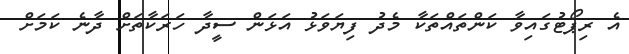
އެ ރިޕޯޓުގައިވާ ކަންތައްތަކާ މެދު ފިޔަވަޅު އަޅަން ސީދާ ހަރަކާތަށް ދާނެ ކަމަށް